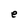
Character: e